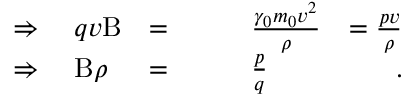
\begin{array} { r l r l r } { \Rightarrow \; } & { { } q v \mathrm { B } } & { = } & { { } \qquad \frac { \gamma _ { 0 } m _ { 0 } v ^ { 2 } } { \rho } } & { = \frac { p v } { \rho } } \\ { \Rightarrow \; } & { { } \mathrm { B } \rho } & { = } & { { } \qquad \frac { p } { q } } & { \; . } \end{array}